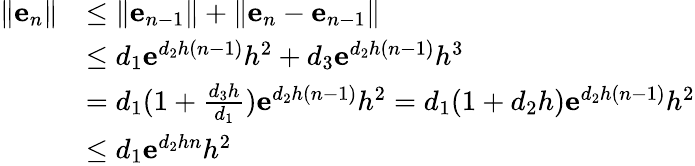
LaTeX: \begin{array}{rl}{\| \mathbf{e}_{n}\| }&{\leq\| \mathbf{e}_{n-1}\| +\| \mathbf{e}_{n}-\mathbf{e}_{n-1}\| }\\ &{\leq d_{1}\mathbf{e}^{d_{2}h(n-1)}h^{2}+d_{3}\mathbf{e}^{d_{2}h(n-1)}h^{3}}\\ &{=d_{1}(1+\frac{d_{3}h}{d_{1}})\mathbf{e}^{d_{2}h(n-1)}h^{2}=d_{1}(1+d_{2}h)\mathbf{e}^{d_{2}h(n-1)}h^{2}}\\ &{\leq d_{1}\mathbf{e}^{d_{2}hn}h^{2}}\end{array}